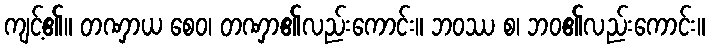
ကျင့်၏။ တဏှာယ စေဝ၊ တဏှာ၏လည်းကောင်း။ ဘဝဿ စ၊ ဘဝ၏လည်းကောင်း။